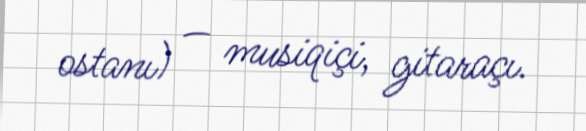
ostanı) — musiqiçi, gitaraçı.